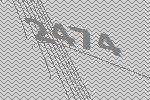
2474